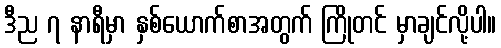
ဒီည ၇ နာရီမှာ နှစ်ယောက်စာအတွက် ကြိုတင် မှာချင်လို့ပါ။